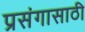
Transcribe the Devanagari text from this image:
प्रसंगासाठी